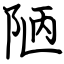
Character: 陋